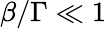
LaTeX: \beta/\Gamma\ll 1